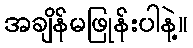
အချိန်မဖြုန်းပါနဲ့။